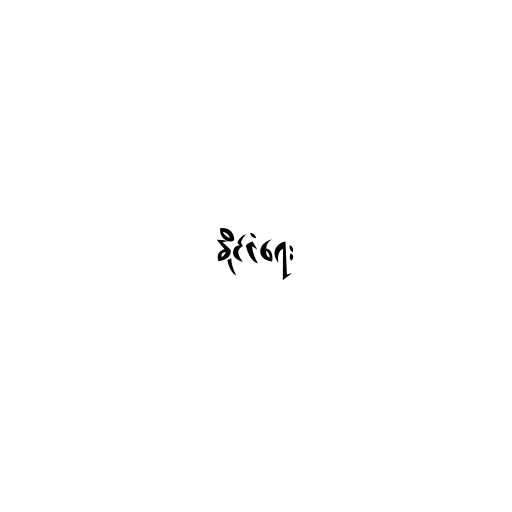
နိုင်ငံရေး